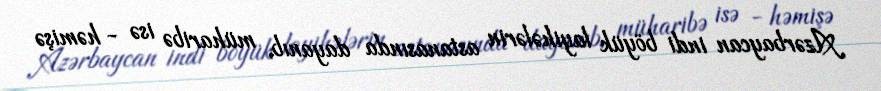
Azərbaycan indi böyük layihələrin astanasında dayanıb, müharibə isə - həmişə